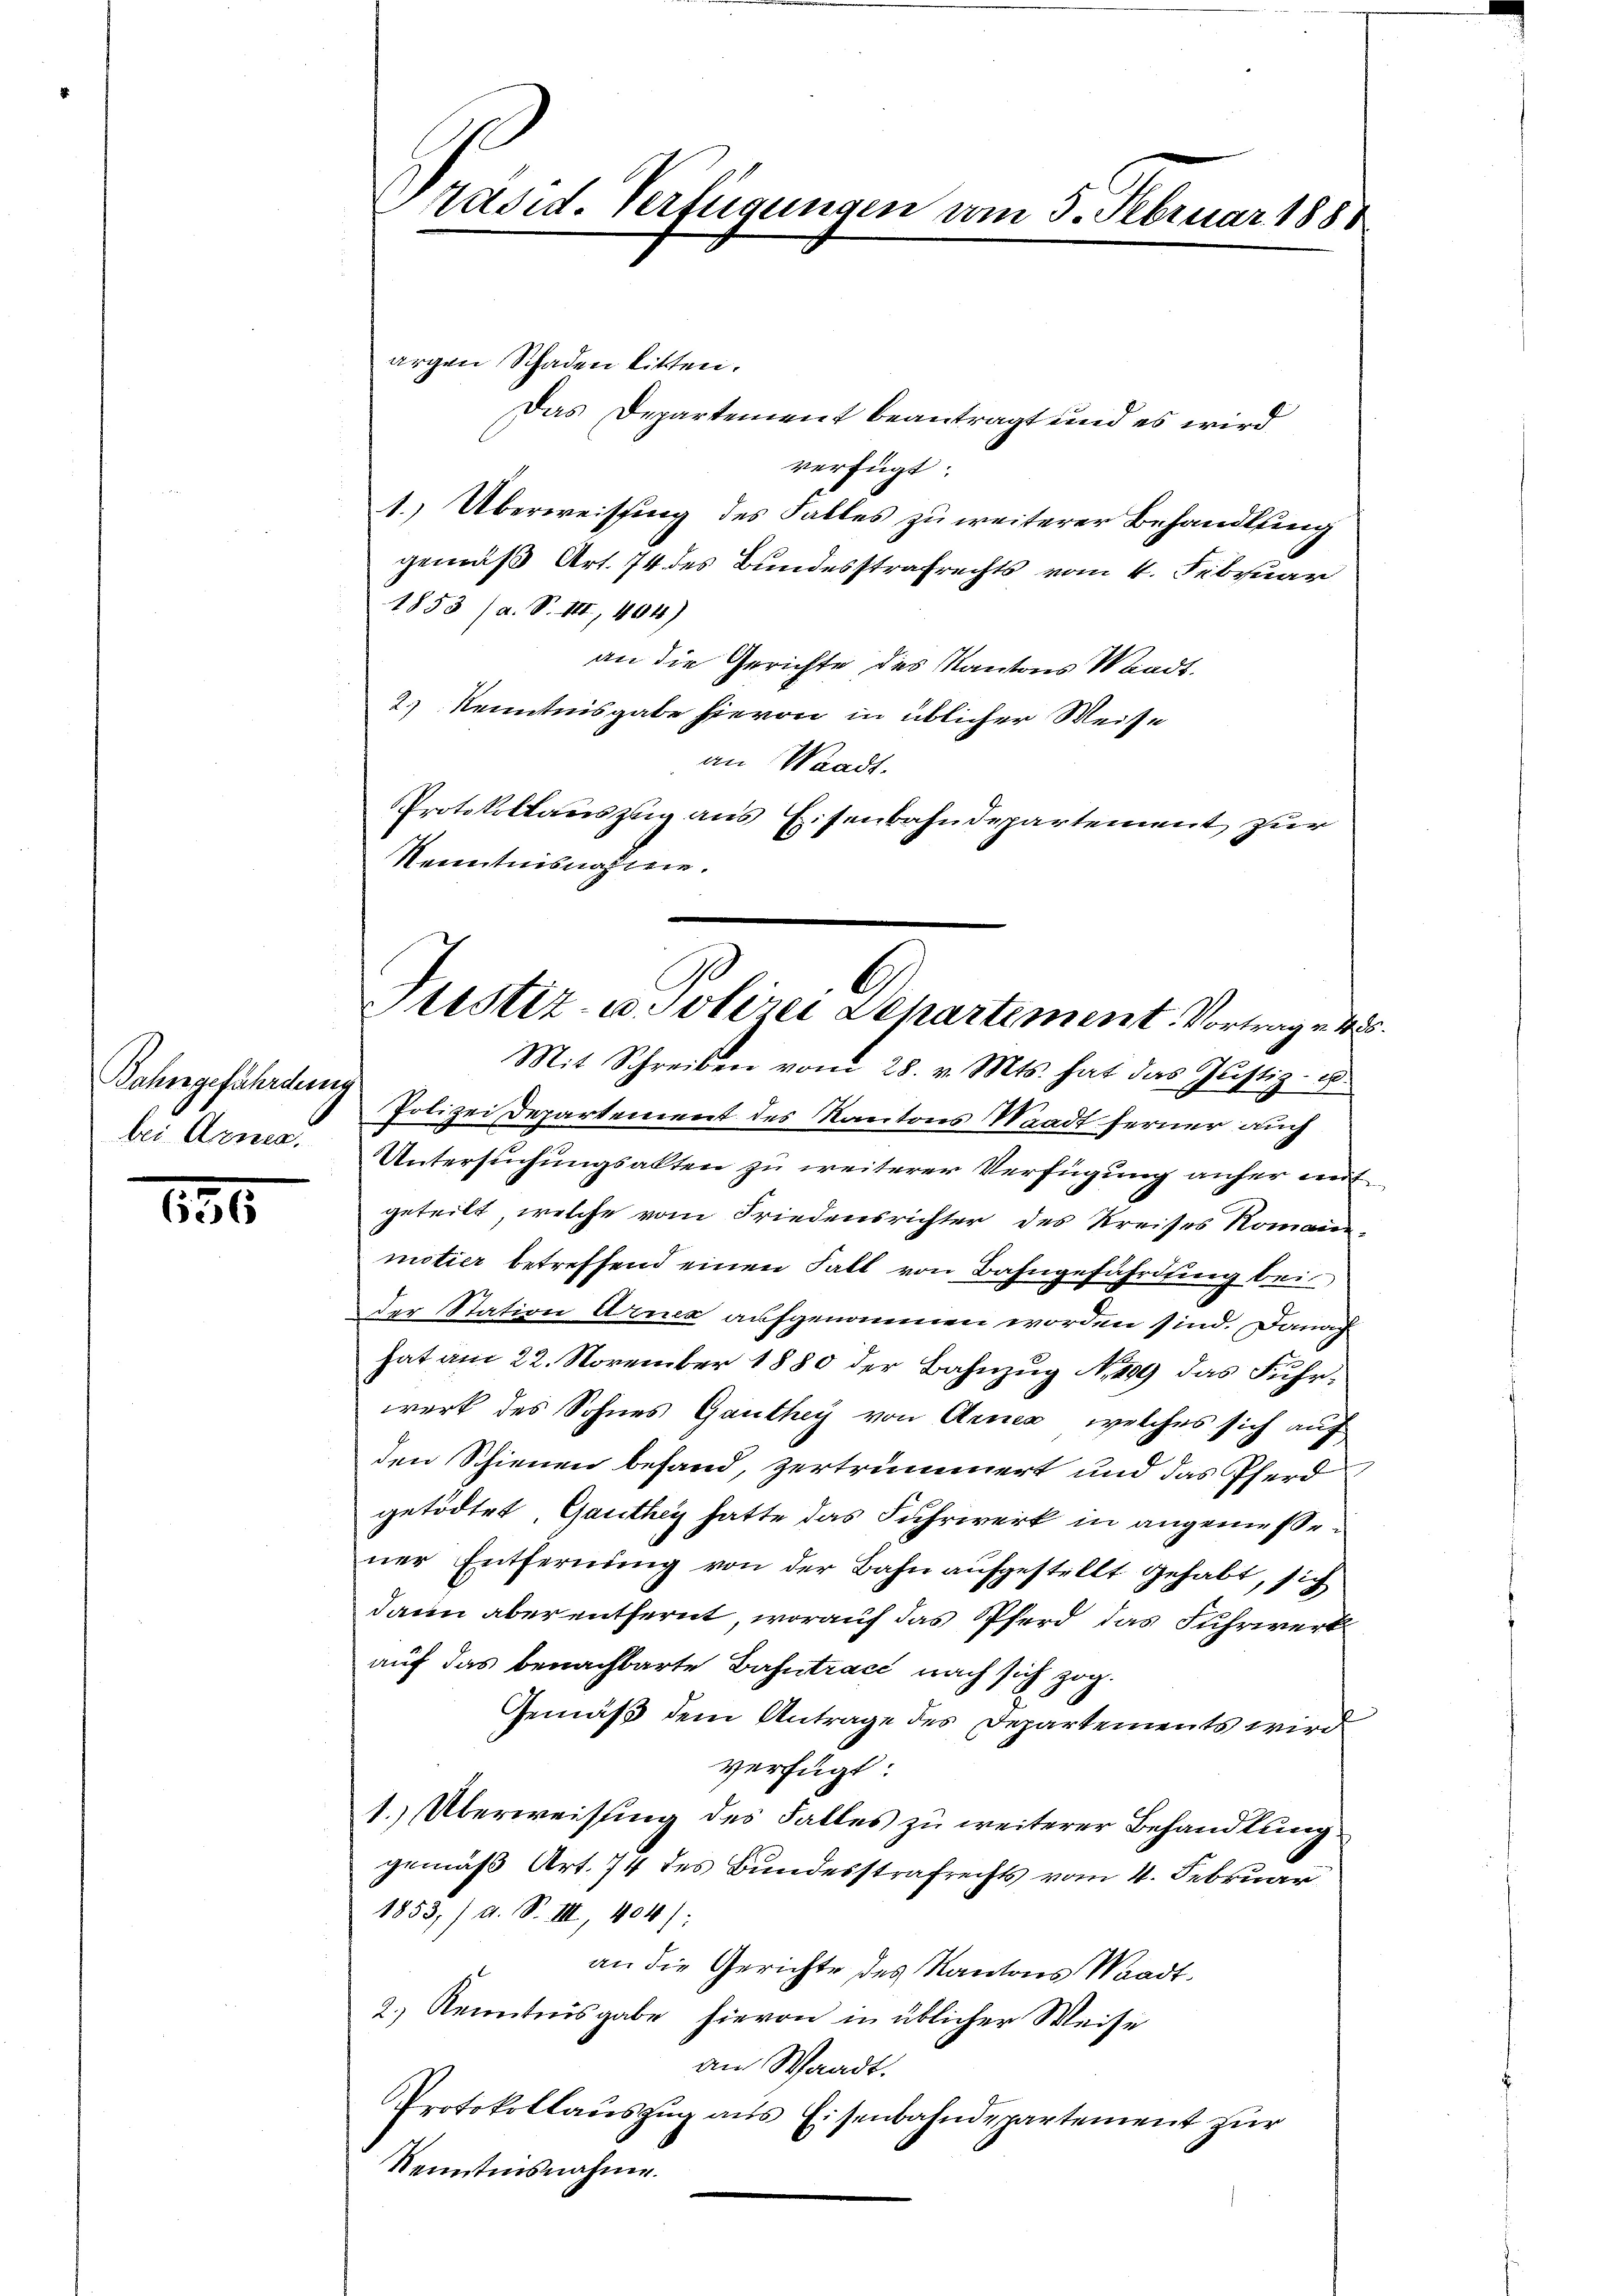
Jahngefährdung
bei Arnea.

150

Das Departement beantragt und es wird
verfügt:
1. Überweissung des Falles zu weiterer Behandlung
gemäß Art. 74 des Bundesstrafrechts vom 4. Februar
1853 (a. S. III., 404)
an die Gerichte des Kantons Waadt.
2.) Kenntnisgabe hievon in üblicher Weise
an Waadt.
Protokollauszug aus Eisenbahndepartement zur
Kenntnisnahmen.

Präsid. Verfügungen vom 3. Februar 188.

argen Schaden bitten.

Justiz- u. Polizei Departement. Vortrag u. 485.

Mit Schreiben vom 28. v. Mts. hat das Justiz- u
Polizei Departement des Kantons Waadt ferner auch
Untersuchungsalten zu weiterer Verfügung anher mit
geteilt, welche vom Friedensrichter des Kreises Romain-
motier betreffend einen Fall von Bahngefährdung bei
Der Station Arner aufgenommen worden sind. Danach
hat am 22. November 1880 der Bahnzug No 299 das Fuhrwerk des Sohnes Ganthey von Arnes, welches sich auf
den Schienen befand, zertrümmert und das Pferd
getödtet, Ganthey hatte das Fuhrwerk in angemessener Entfernung von der Bahn aufgestellt gehabt, sich
dann aber entfernt, worauf das Pferd das Fuhrwerk
auf das benachbarte Zahntrace nach sich zog.
Gemäß dem Antrage des Departements wird
verfügt:
1. Überweisung des Falles zu weiterer Behandlung
gemäß Art. 74 des Bundesstrafrechts vom 4. Februar
1855,) a. S. III, 404):
an die Gerichte des Kantons Waadt.
2.) Kenntnisgabe hievon in üblicher Weise
an Waadt.
Protokollaŭszŭg aŭs Eisenbahndepartement zŭr
Kenntnisnahme.